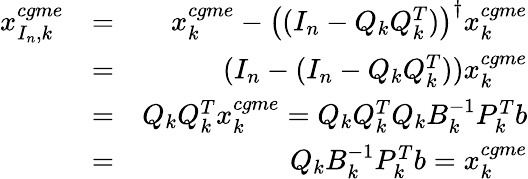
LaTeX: \begin{array}{rlr}{x_{I_{n},k}^{cgme}}&{=}&{x_{k}^{cgme}-\left((I_{n}-Q_{k}Q_{k}^{T})\right)^{\dagger}x_{k}^{cgme}}\\ &{=}&{(I_{n}-(I_{n}-Q_{k}Q_{k}^{T}))x_{k}^{cgme}}\\ &{=}&{Q_{k}Q_{k}^{T}x_{k}^{cgme}=Q_{k}Q_{k}^{T}Q_{k}{B}_{k}^{-1}P_{k}^{T}b}\\ &{=}&{Q_{k}{B}_{k}^{-1}P_{k}^{T}b=x_{k}^{cgme}}\end{array}